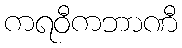
ကရဝီကဘာဏီ